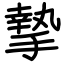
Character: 摯